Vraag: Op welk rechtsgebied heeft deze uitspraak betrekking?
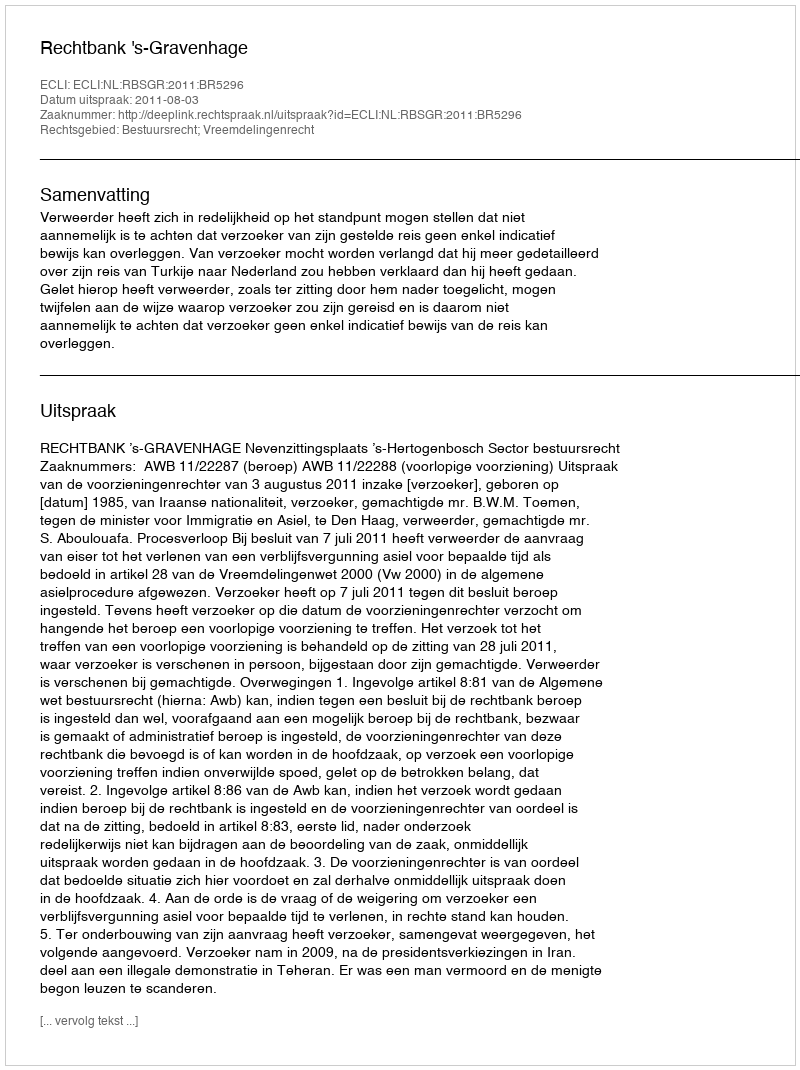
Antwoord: Bestuursrecht; Vreemdelingenrecht